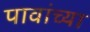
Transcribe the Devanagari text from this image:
पावांच्या